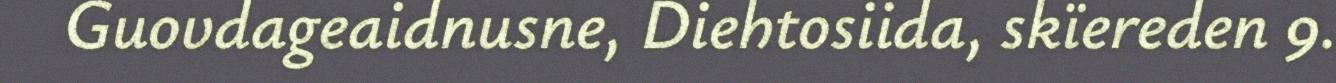
Guovdageaidnusne, Diehtosiida, skïereden 9.